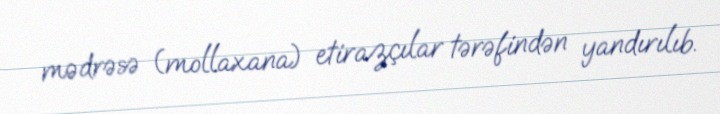
mədrəsə (mollaxana) etirazçılar tərəfindən yandırılıb.